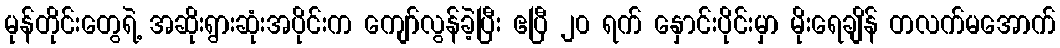
မုန်တိုင်းတွေရဲ့ အဆိုးရွားဆုံးအပိုင်းက ကျော်လွန်ခဲ့ပြီး ဧပြီ ၂၀ ရက် နှောင်းပိုင်းမှာ မိုးရေချိန် တလက်မအောက်